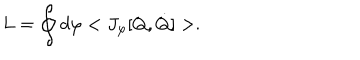
L = \oint d \varphi < J _ { \varphi } [ Q , \dot { Q } ] > .